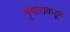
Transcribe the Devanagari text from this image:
शृंगाराकडून